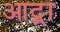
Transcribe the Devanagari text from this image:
आद्र्रा